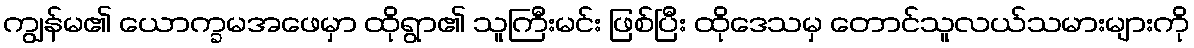
ကျွန်မ၏ ယောက္ခမအဖေမှာ ထိုရွာ၏ သူကြီးမင်း ဖြစ်ပြီး ထိုဒေသမှ တောင်သူလယ်သမားများကို